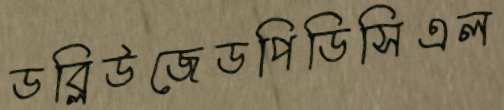
ডব্লিউজেডপিডিসিএল